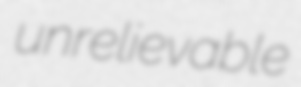
unrelievable